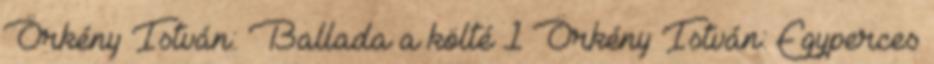
Örkény István: Ballada a költé 1 Örkény István: Egyperces